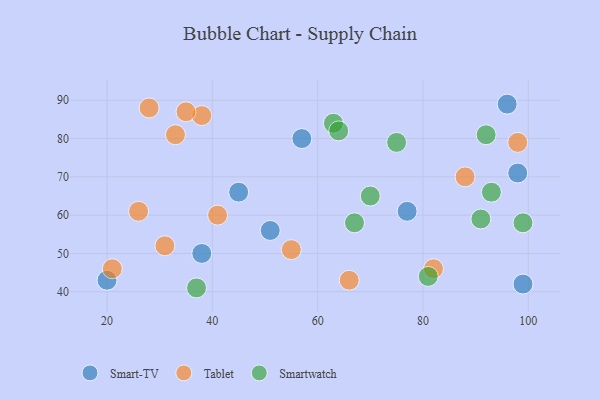
{"axis": {"x": "GDP", "y": "Life Expectancy"}, "legend": ["Smart-TV", "Smartwatch", "Tablet"], "data": [{"x": "98", "y": 71, "type": "Smart-TV"}, {"x": "77", "y": 61, "type": "Smart-TV"}, {"x": "38", "y": 50, "type": "Smart-TV"}, {"x": "20", "y": 43, "type": "Smart-TV"}, {"x": "96", "y": 89, "type": "Smart-TV"}, {"x": "45", "y": 66, "type": "Smart-TV"}, {"x": "57", "y": 80, "type": "Smart-TV"}, {"x": "51", "y": 56, "type": "Smart-TV"}, {"x": "99", "y": 42, "type": "Smart-TV"}, {"x": "31", "y": 52, "type": "Tablet"}, {"x": "28", "y": 88, "type": "Tablet"}, {"x": "66", "y": 43, "type": "Tablet"}, {"x": "38", "y": 86, "type": "Tablet"}, {"x": "88", "y": 70, "type": "Tablet"}, {"x": "82", "y": 46, "type": "Tablet"}, {"x": "41", "y": 60, "type": "Tablet"}, {"x": "98", "y": 79, "type": "Tablet"}, {"x": "35", "y": 87, "type": "Tablet"}, {"x": "26", "y": 61, "type": "Tablet"}, {"x": "55", "y": 51, "type": "Tablet"}, {"x": "33", "y": 81, "type": "Tablet"}, {"x": "21", "y": 46, "type": "Tablet"}, {"x": "75", "y": 79, "type": "Smartwatch"}, {"x": "93", "y": 66, "type": "Smartwatch"}, {"x": "63", "y": 84, "type": "Smartwatch"}, {"x": "70", "y": 65, "type": "Smartwatch"}, {"x": "67", "y": 58, "type": "Smartwatch"}, {"x": "81", "y": 44, "type": "Smartwatch"}, {"x": "91", "y": 59, "type": "Smartwatch"}, {"x": "64", "y": 82, "type": "Smartwatch"}, {"x": "92", "y": 81, "type": "Smartwatch"}, {"x": "37", "y": 41, "type": "Smartwatch"}, {"x": "99", "y": 58, "type": "Smartwatch"}]}